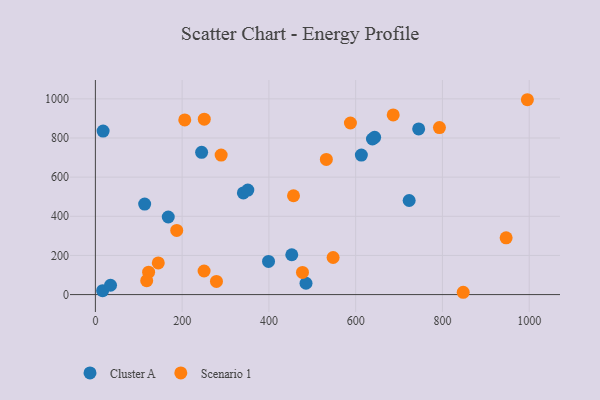
{"axis": {"x": "Study Hours", "y": "Profit"}, "legend": ["Cluster A", "Scenario 1"], "data": [{"x": "745.2", "y": 846.3, "type": "Cluster A"}, {"x": "643.7", "y": 803.6, "type": "Cluster A"}, {"x": "17.8", "y": 835.4, "type": "Cluster A"}, {"x": "452.7", "y": 203.6, "type": "Cluster A"}, {"x": "113.6", "y": 462.4, "type": "Cluster A"}, {"x": "16.7", "y": 20.2, "type": "Cluster A"}, {"x": "399.1", "y": 169.2, "type": "Cluster A"}, {"x": "244.9", "y": 726.8, "type": "Cluster A"}, {"x": "168.0", "y": 396.4, "type": "Cluster A"}, {"x": "723.3", "y": 480.7, "type": "Cluster A"}, {"x": "613.1", "y": 712.7, "type": "Cluster A"}, {"x": "34.9", "y": 47.6, "type": "Cluster A"}, {"x": "485.5", "y": 58.0, "type": "Cluster A"}, {"x": "638.7", "y": 794.9, "type": "Cluster A"}, {"x": "341.1", "y": 519.2, "type": "Cluster A"}, {"x": "351.4", "y": 534.1, "type": "Cluster A"}, {"x": "187.5", "y": 328.0, "type": "Scenario 1"}, {"x": "686.5", "y": 917.8, "type": "Scenario 1"}, {"x": "847.9", "y": 11.8, "type": "Scenario 1"}, {"x": "251.0", "y": 895.9, "type": "Scenario 1"}, {"x": "587.9", "y": 876.6, "type": "Scenario 1"}, {"x": "456.7", "y": 504.8, "type": "Scenario 1"}, {"x": "122.7", "y": 114.3, "type": "Scenario 1"}, {"x": "118.3", "y": 71.3, "type": "Scenario 1"}, {"x": "250.6", "y": 120.5, "type": "Scenario 1"}, {"x": "477.4", "y": 113.1, "type": "Scenario 1"}, {"x": "279.1", "y": 67.0, "type": "Scenario 1"}, {"x": "548.0", "y": 189.5, "type": "Scenario 1"}, {"x": "145.0", "y": 161.6, "type": "Scenario 1"}, {"x": "289.9", "y": 712.6, "type": "Scenario 1"}, {"x": "206.0", "y": 892.5, "type": "Scenario 1"}, {"x": "532.4", "y": 690.5, "type": "Scenario 1"}, {"x": "995.8", "y": 995.5, "type": "Scenario 1"}, {"x": "793.1", "y": 853.2, "type": "Scenario 1"}, {"x": "946.8", "y": 289.8, "type": "Scenario 1"}]}